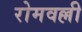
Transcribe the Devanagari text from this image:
रोमवल्ली